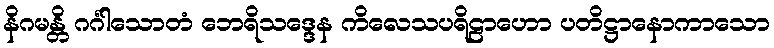
နိဂမန္တိ ဂင်္ဂါသောတံ ဘေရိသဒ္ဒေန ကိလေသပရိဠာဟော ပတိဋ္ဌာနောကာသော